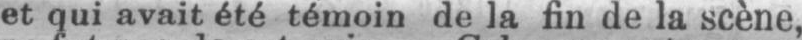
et qui avait été témoin de la fin de la scène,